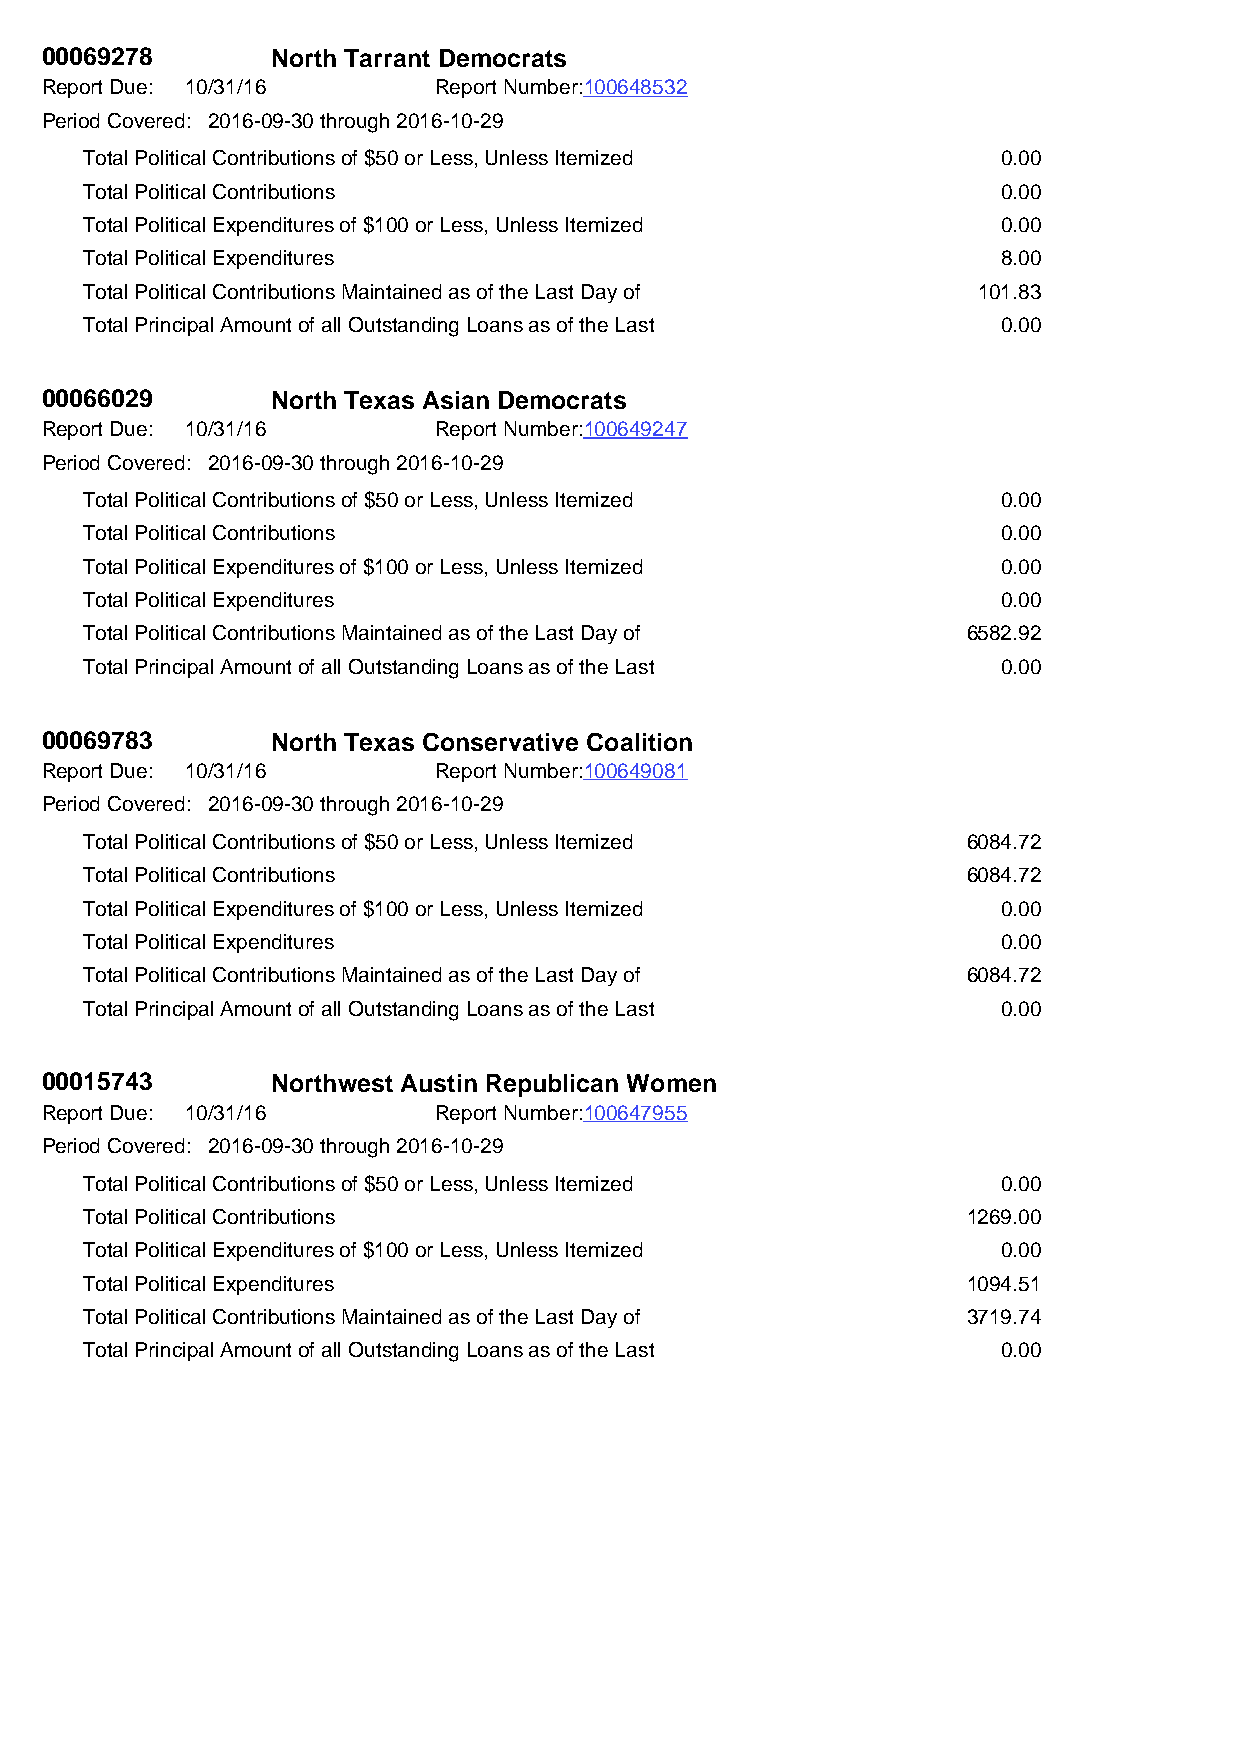
00069278       North Tarrant Democrats
 Report Due: 10/31/16      Report Number:100648532
 Period Covered: 2016-09-30 through 2016-10-29
 Total Political Contributions of $50 or Less, Unless Itemized 0.00
 Total Political Contributions                               0.00
 Total Political Expenditures of $100 or Less, Unless Itemized 0.00
 Total Political Expenditures                                8.00
 Total Political Contributions Maintained as of the Last Day of 101.83
 Total Principal Amount of all Outstanding Loans as of the Last 0.00
 00066029       North Texas Asian Democrats
 Report Due: 10/31/16      Report Number:100649247
 Period Covered: 2016-09-30 through 2016-10-29
 Total Political Contributions of $50 or Less, Unless Itemized 0.00
 Total Political Contributions                               0.00
 Total Political Expenditures of $100 or Less, Unless Itemized 0.00
 Total Political Expenditures                                0.00
 Total Political Contributions Maintained as of the Last Day of 6582.92
 Total Principal Amount of all Outstanding Loans as of the Last 0.00
 00069783       North Texas Conservative Coalition
 Report Due: 10/31/16      Report Number:100649081
 Period Covered: 2016-09-30 through 2016-10-29
 Total Political Contributions of $50 or Less, Unless Itemized 6084.72
 Total Political Contributions                             6084.72
 Total Political Expenditures of $100 or Less, Unless Itemized 0.00
 Total Political Expenditures                                0.00
 Total Political Contributions Maintained as of the Last Day of 6084.72
 Total Principal Amount of all Outstanding Loans as of the Last 0.00
 00015743       Northwest Austin Republican Women
 Report Due: 10/31/16      Report Number:100647955
 Period Covered: 2016-09-30 through 2016-10-29
 Total Political Contributions of $50 or Less, Unless Itemized 0.00
 Total Political Contributions                             1269.00
 Total Political Expenditures of $100 or Less, Unless Itemized 0.00
 Total Political Expenditures                              1094.51
 Total Political Contributions Maintained as of the Last Day of 3719.74
 Total Principal Amount of all Outstanding Loans as of the Last 0.00